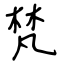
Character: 梵